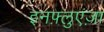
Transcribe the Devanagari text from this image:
इनफ़्लुएंज़ा